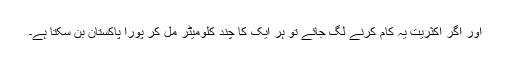
اور اگر اکثریت یہ کام کرنے لگ جائے تو ہر ایک کا چند کلومیٹر مل کر پورا پاکستان بن سکتا ہے۔